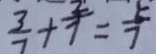
\frac { 3 } { 7 } + \frac { 2 } { 7 } = \frac { 5 } { 7 }